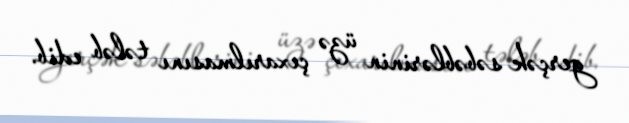
gerçək səbəblərinin üzə çıxarılmasını tələb edib.